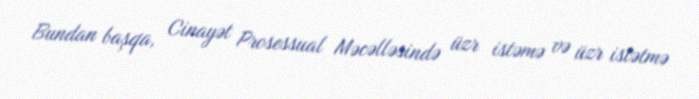
Bundan başqa, Cinayət Prosessual Məcəlləsində üzr istəmə və üzr istətmə